Lunatic asylums Bombay report 1891-1903 - 1891-1903
Year: 1891
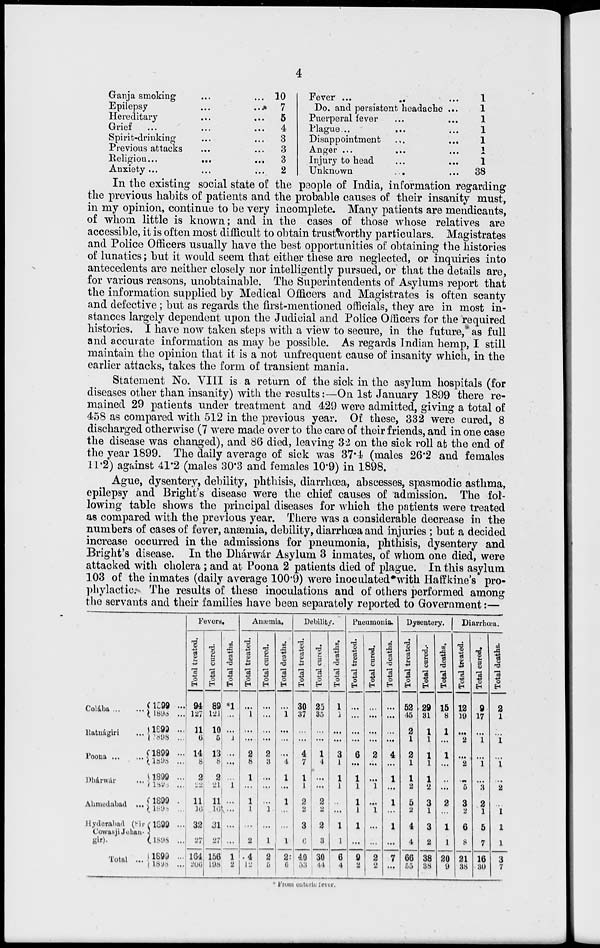
4
Ganja smoking ... ...
Epilepsy ... ...
Hereditary ... ...
Grief ... ...
Spirit-drinking ... ...
Previous attacks ... ...
Religion...
...
Anxiety ... ... ...
10
7
5
4
3
3
3
2
Fever ... ... ...
Do. and persistent headache ...
Puerperal fever ... ...
Plague...
... ...
Disappointment ... ...
Anger ...
... ...
Injury to head
...
...
Unknown ... ...
1
1
1
1
1
1
1
38
In the existing social state of the people of India, information regarding
the previous habits of patients and the probable causes of their insanity must,
in my opinion, continue to be very incomplete. Many patients are mendicants,
of whom little is known ; and in the cases of those whose relatives are
accessible, it is often most difficult to obtain trustworthy particulars. Magistrates
and Police Officers usually have the best opportunities of obtaining the histories
of lunatics ; but it would seem that either these are neglected, or inquiries into
antecedents are neither closely nor intelligently pursued, or that the details are,
for various reasons, unobtainable. The Superintendents of Asylums report that
the information supplied by Medical Officers and Magistrates is often scanty
and defective ; but as regards the first-mentioned officials, they are in most in-
stances largely dependent upon the Judicial and Police Officers for the required
histories. I have now taken steps with a view to secure, in the future, as full
and accurate information as may be possible. As regards Indian hemp, I still
maintain the opinion that it is a not unfrequent cause of insanity which, in the
earlier attacks, takes the form of transient mania.
Statement No. VIII is a return of the sick in the asylum hospitals (for
diseases other than insanity) with the results :—On 1st January 1899 there re-
mained 29 patients under treatment and 429 were admitted, giving a total of
458 as compared with 512 in the previous year. Of these, 332 were cured, 8
discharged otherwise (7 were made over to the care of their friends, and in one case
the disease was changed), and 86 died, leaving 32 on the sick roll at the end of
the year 1899. The daily average of sick was 37.4 (males 26.2 and females
11.2) against 41.2 (males 30.3 and females 10.9) in 1898.
Ague, dysentery, debility, phthisis, diarrhœa, abscesses, spasmodic asthma,
epilepsy and Bright's disease were the chief causes of admission. The fol-
lowing table shows the principal diseases for which the patients were treated
as compared with the previous year. There was a considerable decrease in the
numbers of cases of fever, anæmia, debility, diarrhœa and injuries ; but a decided
increase occurred in the admissions for pneumonia, phthisis, dysentery and
Bright's disease. In the Dhárwár Asylum 3 inmates, of whom one died, were
attacked with cholera ; and at Poona 2 patients died of plague. In this asylum
103 of the inmates (daily average 100.9) were inoculated with Haffkine's pro-
phylactic. The results of these inoculations and of others performed among
the servants and their families have been separately reported to Government :—
Colába
...
...
Ratnágiri
...
Poona ... ...
Dhárwár...
Ahmedabad ...
Hyderabad (Sir
Cowasji Jehan-
gir).
Total ...
1899 ...
1898...
1899 ...
1898...
1899...
1898...
1899 ...
1898 ...
1899 ...
1898 ...
1899 ...
1898 ...
1899 ...
1898 ...
Fevers.
Total treated.
94
127
11
6
14
8
2
22
11
16
32
27
164
206
Total cured.
89
121
10
5
13
8
2
21
11
16
31
27
156
198
Total deaths.
*1
...
...
1
...
...
...
1
...
...
...
...
1
2
Anæmia.
Total treated.
...
1
...
...
2
8
1
...
1
1
...
2
4
12
Total cured.
...
...
...
...
2
3
...
...
...
1
...
1
2
5
Total deaths.
...
1
...
...
...
4
1
...
1
...
...
1
2
6
Debility.
Total treated.
30
37
...
...
4
7
1
1
2
2
3
6
40
53
Total cured.
25
35
...
...
1
4
...
...
2
2
2
3
30
44
Total deaths.
1
1
...
...
3
l
1
1
...
...
1
1
6
4
Pneumonia.
Total treated.
...
...
...
...
6
...
1
1
1
1
1
...
9
2
Total cured.
...
...
...
...
2
...
...
1
...
1
...
...
2
2
Total deaths.
...
...
...
...
4
...
1
...
1
...
1
...
7
...
Dysentery.
Total treated.
52
45
2
1
2
1
1
2
5
2
4
4
66
55
Total cured.
29
31
1
1
1
1
1
2
3
1
3
2
38
38
Total deaths.
15
8
1
...
1
...
...
...
2
...
1
1
20
9
Diarrhœa.
Total treated.
12
19
...
2
...
2
...
5
3
2
6
8
21
38
Total cured.
9
17
...
1
...
1
...
3
2
1
5
7
16
30
Total deaths.
2
l
...
1
...
1
...
2
...
1
1
1
3
7
* From enteric fever.